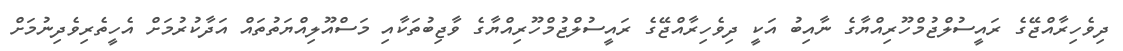
ދިވެހިރާއްޖޭގެ ރައީސުލްޖުމްހޫރިއްޔާގެ ނާއިބު އަކީ ދިވެހިރާއްޖޭގެ ރައީސުލްޖުމްހޫރިއްޔާގެ ވާޖިބުތަކާއި މަސްއޫލިއްޔަތުތައް އަދާކުރުމަށް އެހީތެރިވެދިނުމަށް